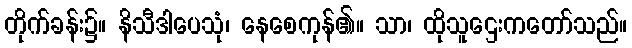
တိုက်ခန်း၌။ နိသီဒါပေသုံ၊ နေစေကုန်၏။ သာ၊ ထိုသူဌေးကတော်သည်။